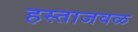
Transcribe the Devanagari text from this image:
हस्ताजवळ